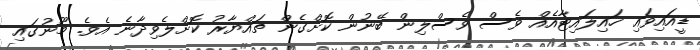
ޑީއައިވައި ހައިލައިޓާއެއް ވެސް ވެސްލިން ބޭނުން ކޮށްގެން ތައްޔާރު ކޮށްލެވިދާނެ އެވެ. މޫނުގައި